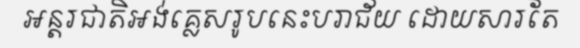
អន្តរជាតិអង់គ្លេសរូបនេះបរាជ័យ ដោយសារតែ